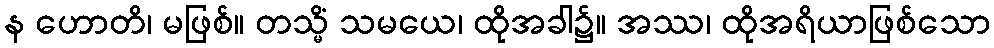
န ဟောတိ၊ မဖြစ်။ တသ္မိံ သမယေ၊ ထိုအခါ၌။ အဿ၊ ထိုအရိယာဖြစ်သော